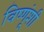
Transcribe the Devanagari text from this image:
विष्णूंशी